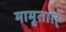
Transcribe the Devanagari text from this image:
मामृतात्